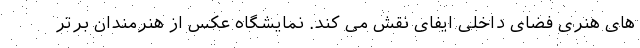
های هنری فضای داخلی ایفای نقش می کند. نمایشگاه عکس از هنرمندان برتر